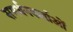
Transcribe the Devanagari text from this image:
समर्थनकर्ताओं